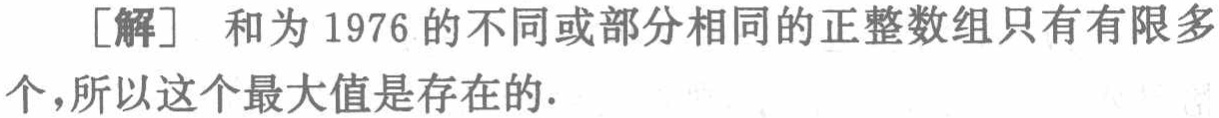
[解] 和为 1976 的不同或部分相同的正整数组只有有限多个,所以这个最大值是存在的.